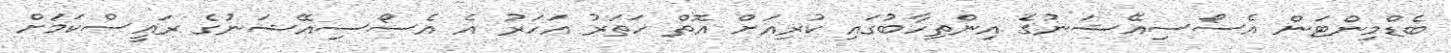
ބެޑްމިންޓަން އެސޯސިއޭޝަނުގެ އިންތިހާބުގައި ކުރިއަށް އޮތް ހަތަރު އަހަރު އެ އެސޯސިއޭޝަނުގެ ރައީސްކަމަށް